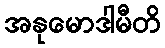
အနုမောဒါမီတိ